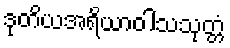
ဒုတိယအရိယာဝါသသုတ္တံ